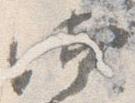
汰